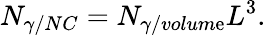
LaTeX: N_{\gamma/NC}=N_{\gamma/volum\mathrm{e}}L^{3}.